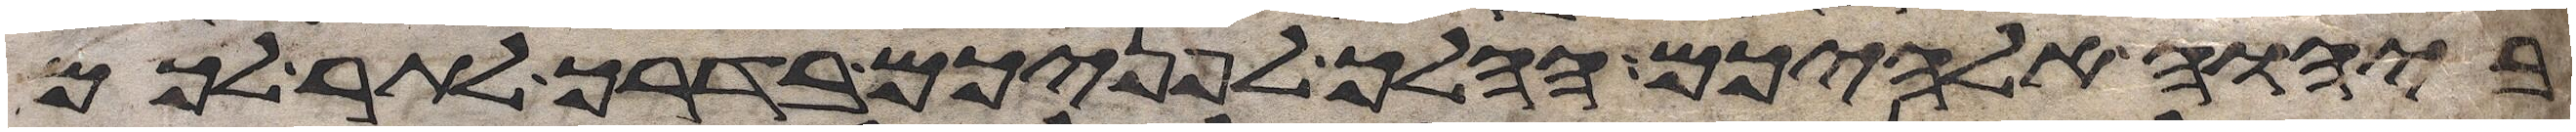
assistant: ביהוה אלהיכם ההלך לפניכם בדרך לתור לכם